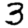
Digit: 3